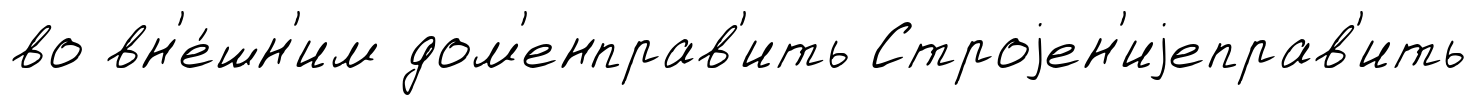
во вн'е́шн'им дом'енправ'ить Строjен'иjеправ'ить